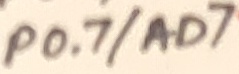
Text: P0.7/AD7